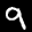
Label: 9